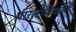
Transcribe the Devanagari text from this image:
पारलौकिकाचे